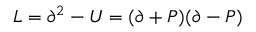
L = \partial ^ { 2 } - U = ( \partial + P ) ( \partial - P )